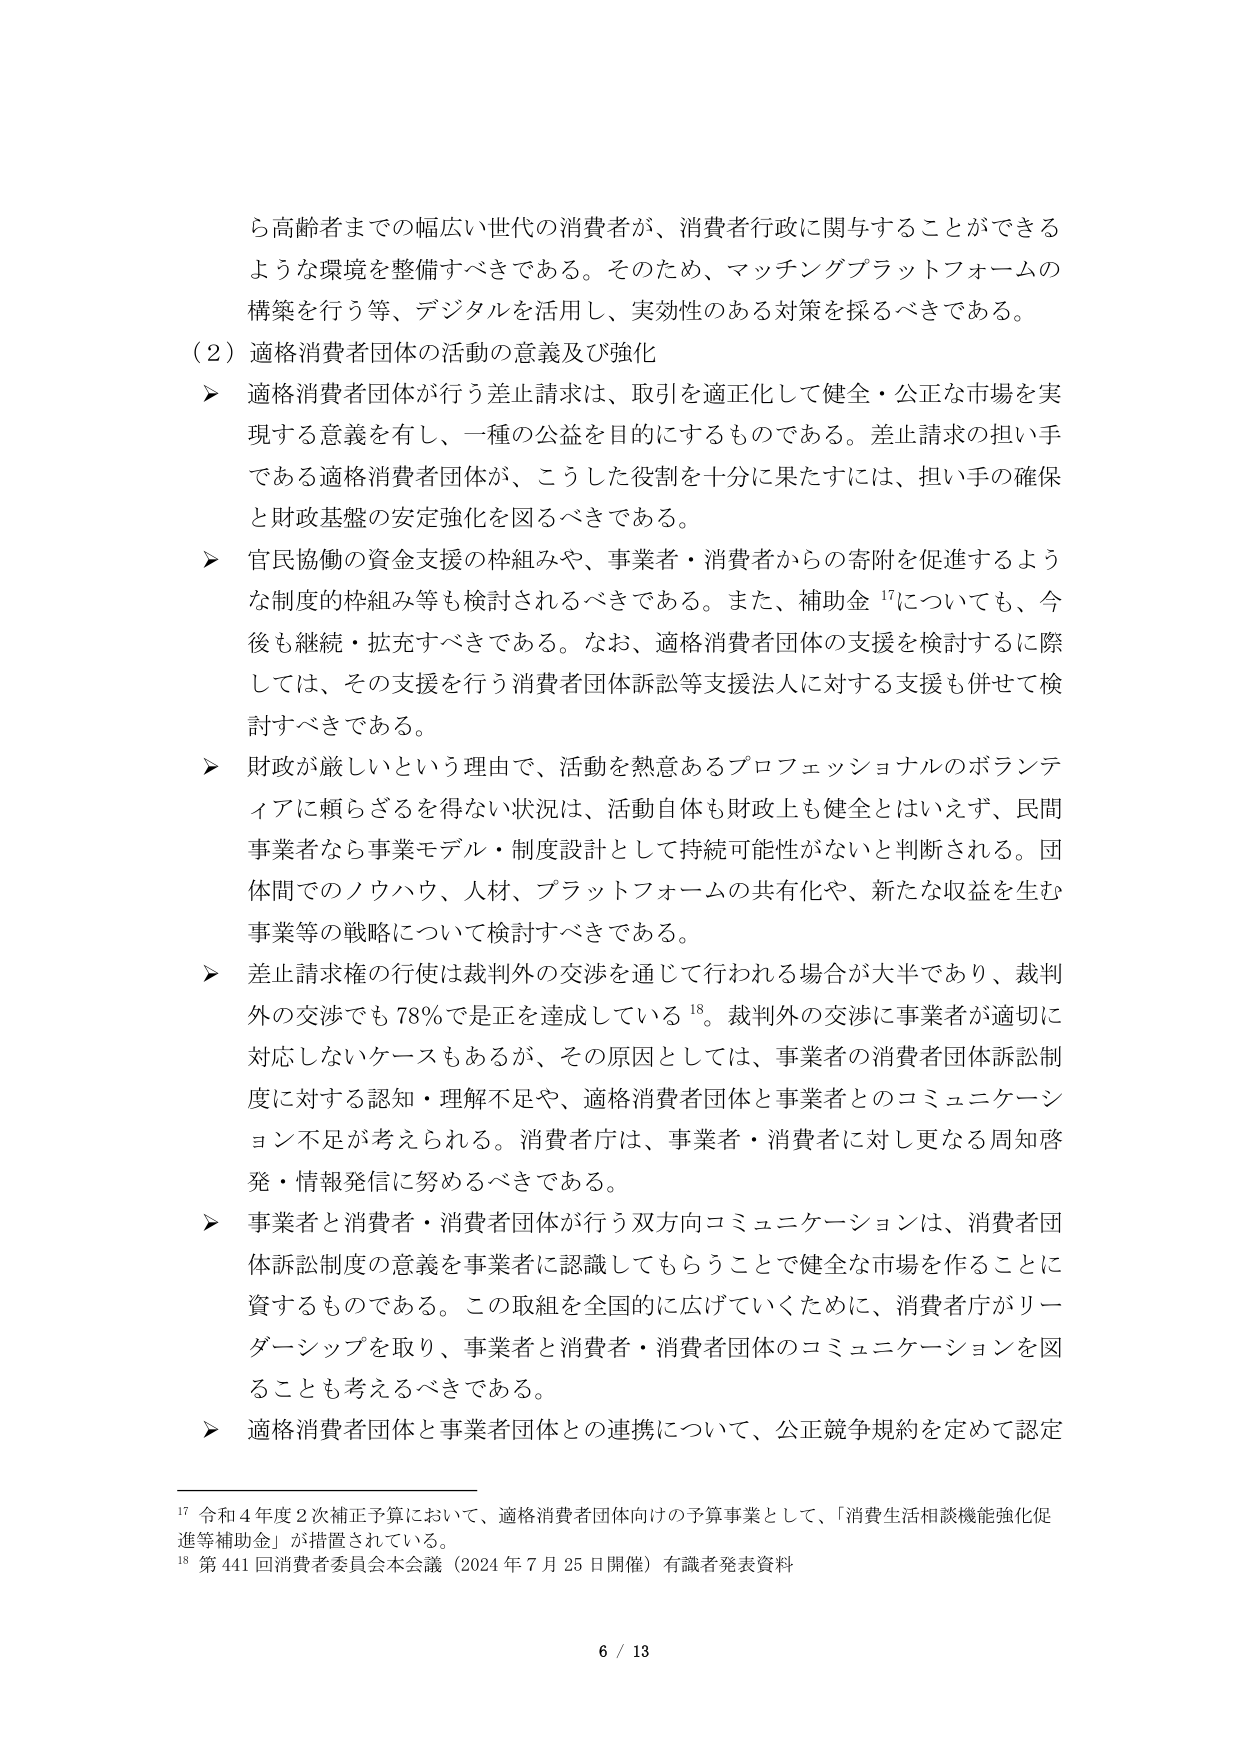
ら高齢者までの幅広い世代の消費者が、消費者行政に関与することができるような環境を整備すべきである。そのため、マッチングプラットフォームの構築を行う等、デジタルを活用し、実効性のある対策を採るべきである。

（２）適格消費者団体の活動の意義及び強化

▶ 適格消費者団体が行う差止請求は、取引を適正化して健全・公正な市場を実現する意義を有し、一種の公益を目的にするものである。差止請求の担い手である適格消費者団体が、こうした役割を十分に果たすには、担い手の確保と財政基盤の安定強化を図るべきである。

▶ 官民協働の資金支援の枠組みや、事業者・消費者からの寄附を促進するような制度的枠組み等も検討されるべきである。また、補助金¹⁷についても、今後も継続・拡充すべきである。なお、適格消費者団体の支援を検討するに際しては、その支援を行う消費者団体訴訟等支援法人に対する支援も併せて検討すべきである。

▶ 財政が厳しいという理由で、活動を熱意あるプロフェッショナルのボランティアに頼らざるを得ない状況は、活動自体も財政上も健全とはいえず、民間事業者なら事業モデル・制度設計として持続可能性がないと判断される。団体間でのノウハウ、人材、プラットフォームの共有化や、新たな収益を生む事業等の戦略について検討すべきである。

▶ 差止請求権の行使は裁判外の交渉を通じて行われる場合が大半であり、裁判外の交渉でも78％では正を達成している¹⁸。裁判外の交渉に事業者が適切に対応しないケースもあるが、その原因としては、事業者の消費者団体訴訟制度に対する認知・理解不足や、適格消費者団体と事業者とのコミュニケーション不足が考えられる。消費者庁は、事業者・消費者に対し更なる周知啓発・情報発信に努めるべきである。

▶ 事業者と消費者・消費者団体が行う双方向コミュニケーションは、消費者団体訴訟制度の意義を事業者に認識してもらうことで健全な市場を作ることに資するものである。この取組を全国的に広げていくために、消費者庁がリーダーシップを取り、事業者と消費者・消費者団体のコミュニケーションを図ることも考えるべきである。

▶ 適格消費者団体と事業者団体との連携について、公正競争規約を定めて認定

¹⁷ 令和４年度２次補正予算において、適格消費者団体向けの予算事業として、「消費生活相談機能強化促進等補助金」が措置されている。

¹⁸ 第441回消費者委員会本会議（2024年7月25日開催）有識者発表資料

6 / 13